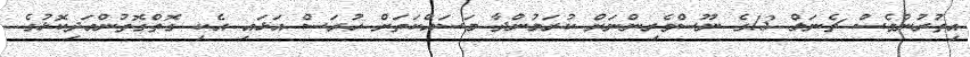
އިތުރުންވެސް ޗެނަލް 13ގެ ނޫސްވެރިންނަށް ކުރަމުންދާ މަސައްކަތަށް ހުރަސް އަޅައި އެކި ގޮތްގޮތުންއަދިކޮޅުގެ